Document type: Testament
Year: 1362
Scribe: Berenguer Vergós
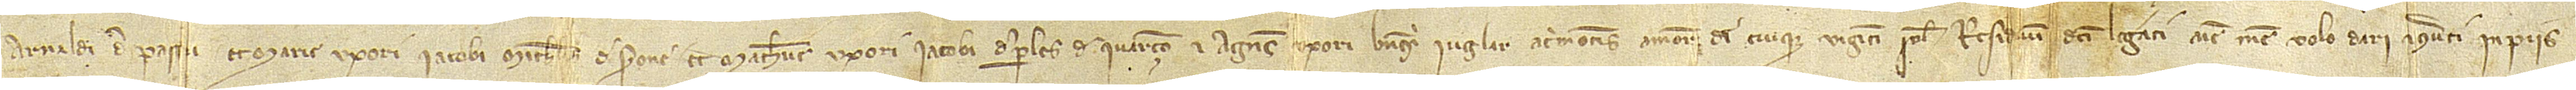
Arnaldi de Passu et Marie, uxori Iacobi Michaelis, de Serone, et Matheue, uxori Iacobi de Perles, de Ivarçio, et Agnes, uxori Berengarii Iuglar, Acrimontis, amore Dei cuique viginti solidos. Residuum dicti legati anime mee volo dari et converti in piis